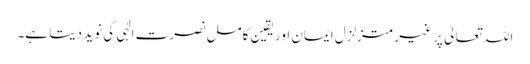
اللہ تعالیٰ پر غیر متزلزل ایمان اور یقین کامل نصرت الٰہی کی نوید دیتا ہے۔